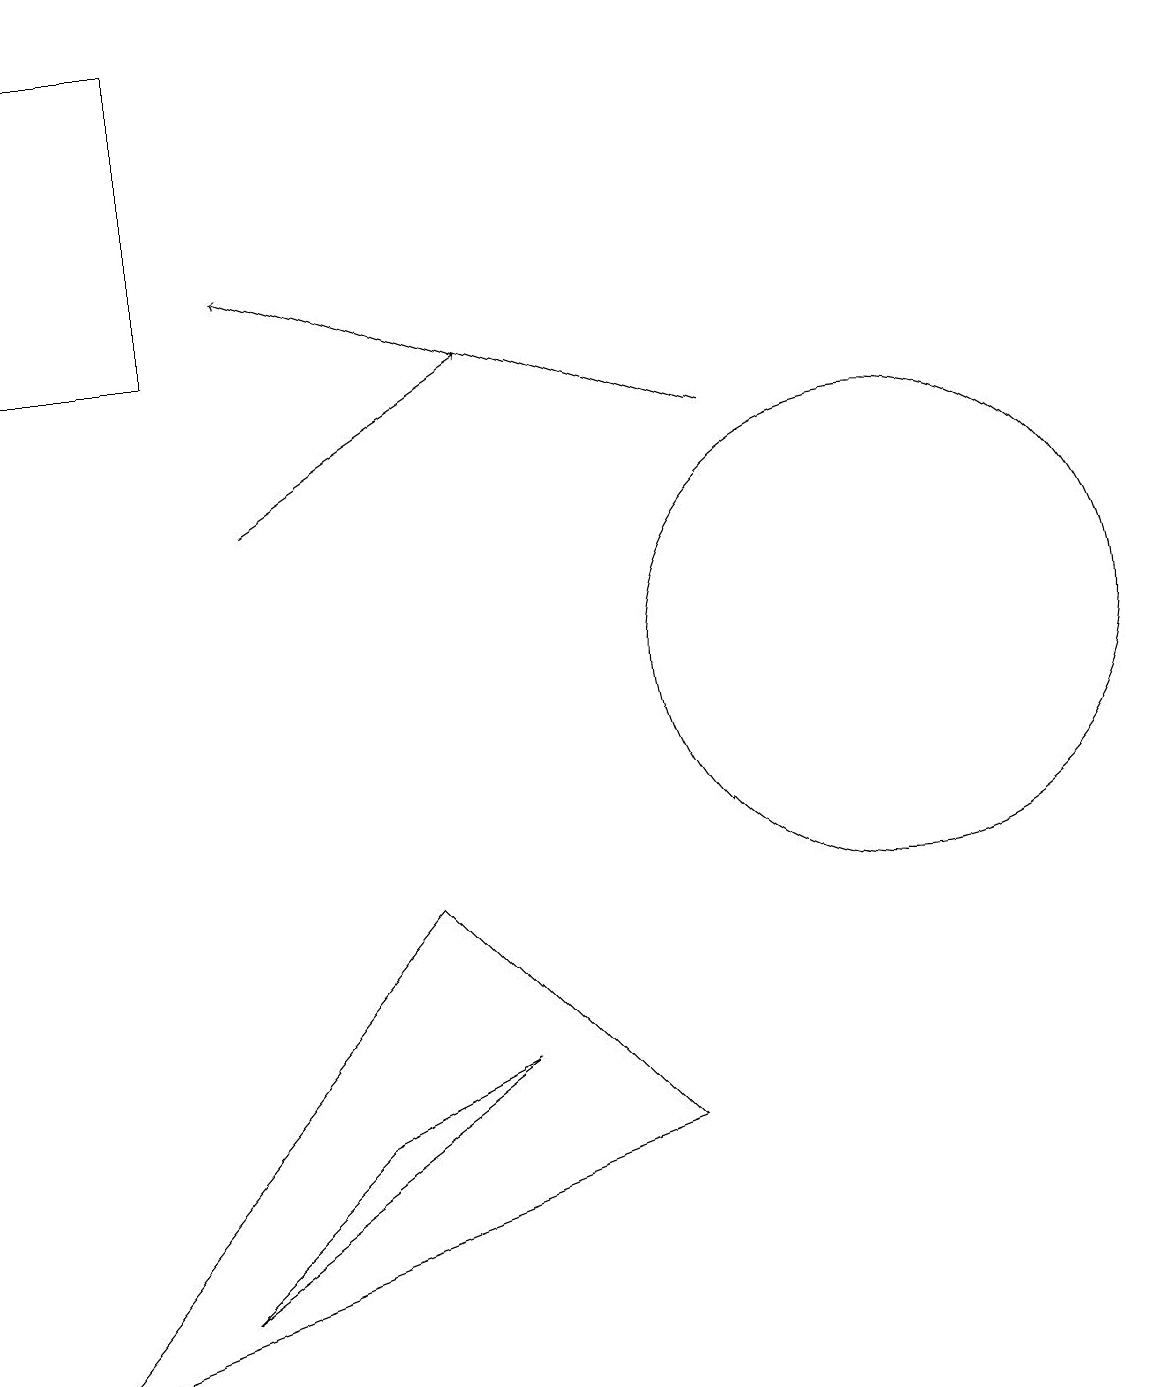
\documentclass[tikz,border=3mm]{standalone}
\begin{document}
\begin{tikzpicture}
\draw (6,6) -- (2,3) -- (4,5) -- cycle;
\draw (0,15) rectangle (2,19);
\draw[->] (3,13) -- (6,15);
\draw (8,5) -- (5,8) -- (0,2) -- cycle;
\draw[->] (9,14) -- (3,16);
\draw (11,11) circle (3);
\draw (11,12) circle (0);
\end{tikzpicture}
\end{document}